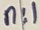
Text: n:1